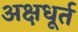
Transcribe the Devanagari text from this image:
अक्षधूर्त